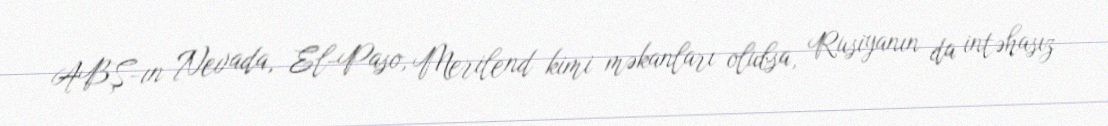
ABŞ-ın Nevada, El-Paso, Merilend kimi məkanları olubsa, Rusiyanın da intəhasız